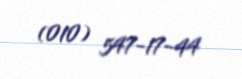
(010) 547-17-44